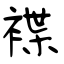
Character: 褋